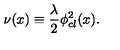
\nu ( x ) \equiv { \frac { \lambda } { 2 } } \phi _ { c l } ^ { 2 } ( x ) .